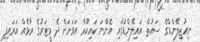
ނިއުޒިލޭންޑްގެ ސައުތް އައިލޭންޑުގައި އޮންނަ ކައިކޫރާ އަވަށަށް ދެ މީޓަރުގެ ރާޅެއް އަރައިފި